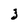
Character: 3